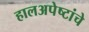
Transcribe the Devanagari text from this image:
हालअपेष्टांचे